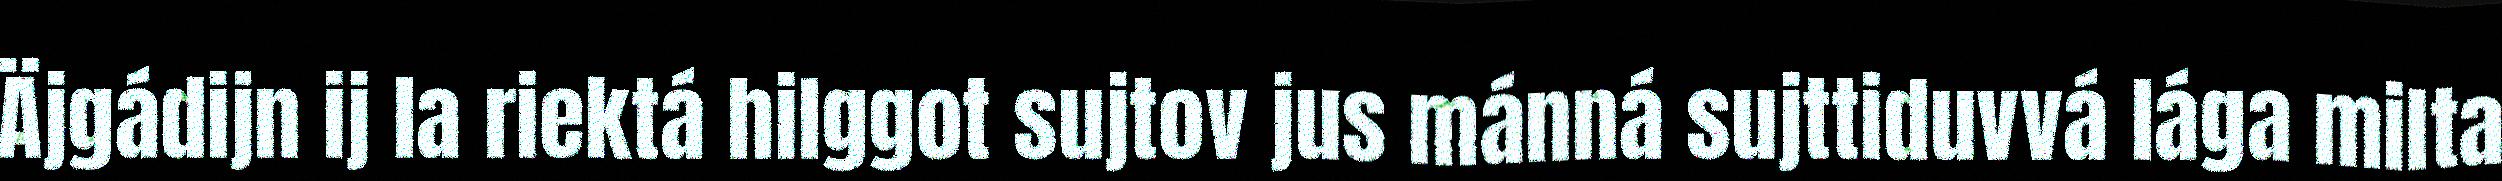
Äjgádijn ij la riektá hilggot sujtov jus mánná sujttiduvvá lága milta